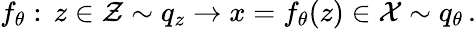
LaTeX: \begin{array}{r}{f_{\theta}:\, z\in\mathcal{Z}\sim q_{z}\to x=f_{\theta}(z)\in\mathcal{X}\sim q_{\theta}\, .}\end{array}